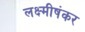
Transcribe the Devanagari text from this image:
लक्ष्मीषंकर